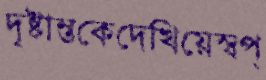
দৃষ্টান্তকেদেখিয়েস্বপ্